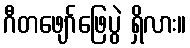
ဂီတဖျော်ဖြေပွဲ ရှိလား။